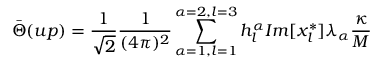
\bar { \Theta } ( u p ) = \frac { 1 } { \sqrt { 2 } } \frac { 1 } { ( 4 \pi ) ^ { 2 } } \sum _ { \alpha = 1 , l = 1 } ^ { \alpha = 2 , l = 3 } h _ { l } ^ { \alpha } I m [ x _ { l } ^ { * } ] \lambda _ { \alpha } \frac { \kappa } { M }